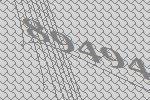
89494